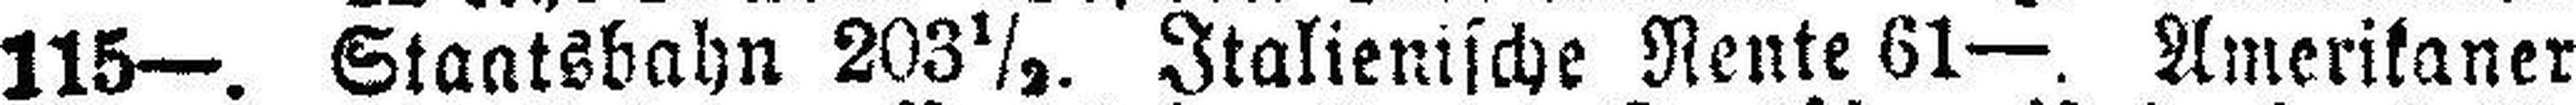
115—. Staatsbahn 203½. Italienische Rente 61—. Amerikaner